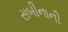
સબીનાની